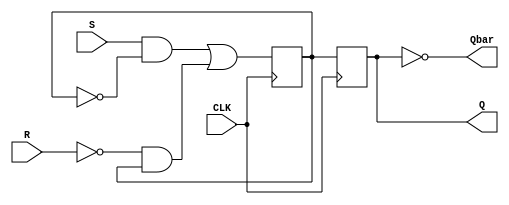
module sr_flipflop(input wire S, R, CLK,
                   output reg Q, Qbar);

   reg m_Q, s_Q;

   always @(posedge CLK) begin
     m_Q <= (S & ~m_Q) | (~R & m_Q);
   end

   always @(posedge CLK) begin
     s_Q <= m_Q;
   end

   assign Q = s_Q;
   assign Qbar = ~s_Q;

endmodule